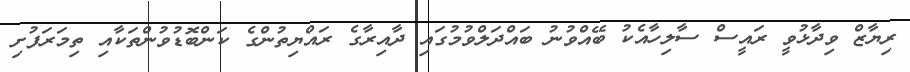
ރިޔާޒް ވިދާޅުވީ ރައީސް ސާލިހާއެކު ބޭއްވުނު ބައްދަލްވުމުގައި ދާއިރާގެ ރައްޔިތުންގެ ކަންބޮޑުވުންތަކާއި ތިމަރަފުށި